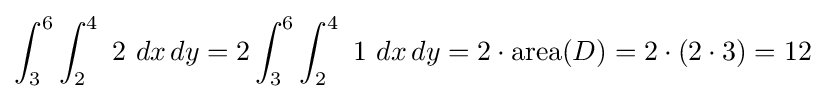
\int _{3}^{6}\int _{2}^{4}\ 2\ dx\,dy=2\int _{3}^{6}\int _{2}^{4}\ 1\ dx\,dy=2\cdot \operatorname {area} (D)=2\cdot (2\cdot 3)=12